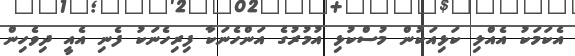
އެކަމަކު އެއްލި ކަޅިއަކުން މުސްކުޅި އުމުރުގެ އަންހެނަކާ ފިރިހެނަކު ފެނި އެއީ ދިވެހިން